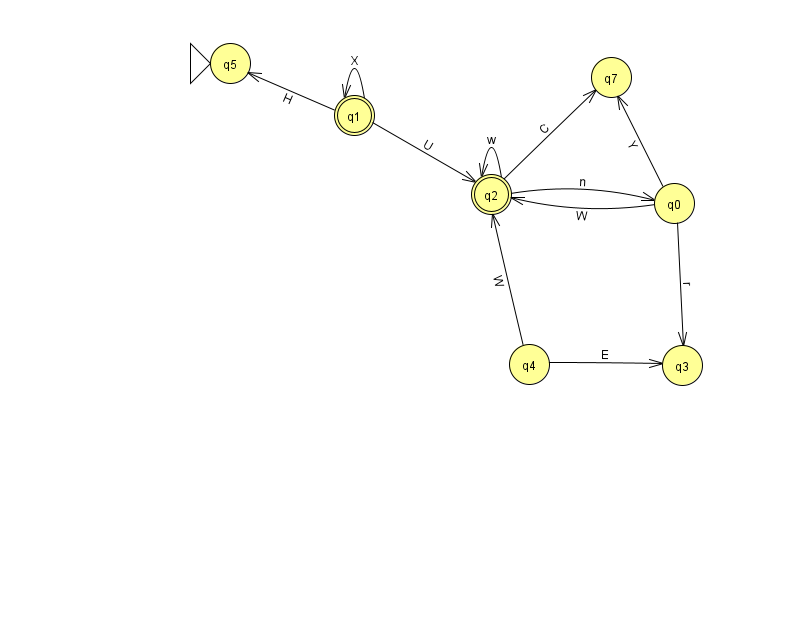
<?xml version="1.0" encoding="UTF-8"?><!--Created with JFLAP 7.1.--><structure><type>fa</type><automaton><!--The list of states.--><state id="0" name="q0"><x>674.0</x><y>190.0</y></state><state id="1" name="q1"><x>354.0</x><y>102.0</y><final/></state><state id="2" name="q2"><x>491.0</x><y>181.0</y><final/></state><state id="3" name="q3"><x>682.0</x><y>352.0</y></state><state id="4" name="q4"><x>529.0</x><y>351.0</y></state><state id="5" name="q5"><x>230.0</x><y>50.0</y><initial/></state><state id="7" name="q7"><x>611.0</x><y>64.0</y></state><!--The list of transitions.--><transition><from>1</from><to>5</to><read>H</read></transition><transition><from>0</from><to>3</to><read>r</read></transition><transition><from>2</from><to>0</to><read>n</read></transition><transition><from>4</from><to>3</to><read>E</read></transition><transition><from>2</from><to>2</to><read>w</read></transition><transition><from>1</from><to>1</to><read>X</read></transition><transition><from>2</from><to>7</to><read>C</read></transition><transition><from>0</from><to>7</to><read>Y</read></transition><transition><from>1</from><to>2</to><read>U</read></transition><transition><from>4</from><to>2</to><read>W</read></transition><transition><from>0</from><to>2</to><read>W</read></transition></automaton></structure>